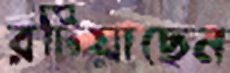
রটিয়াছেন